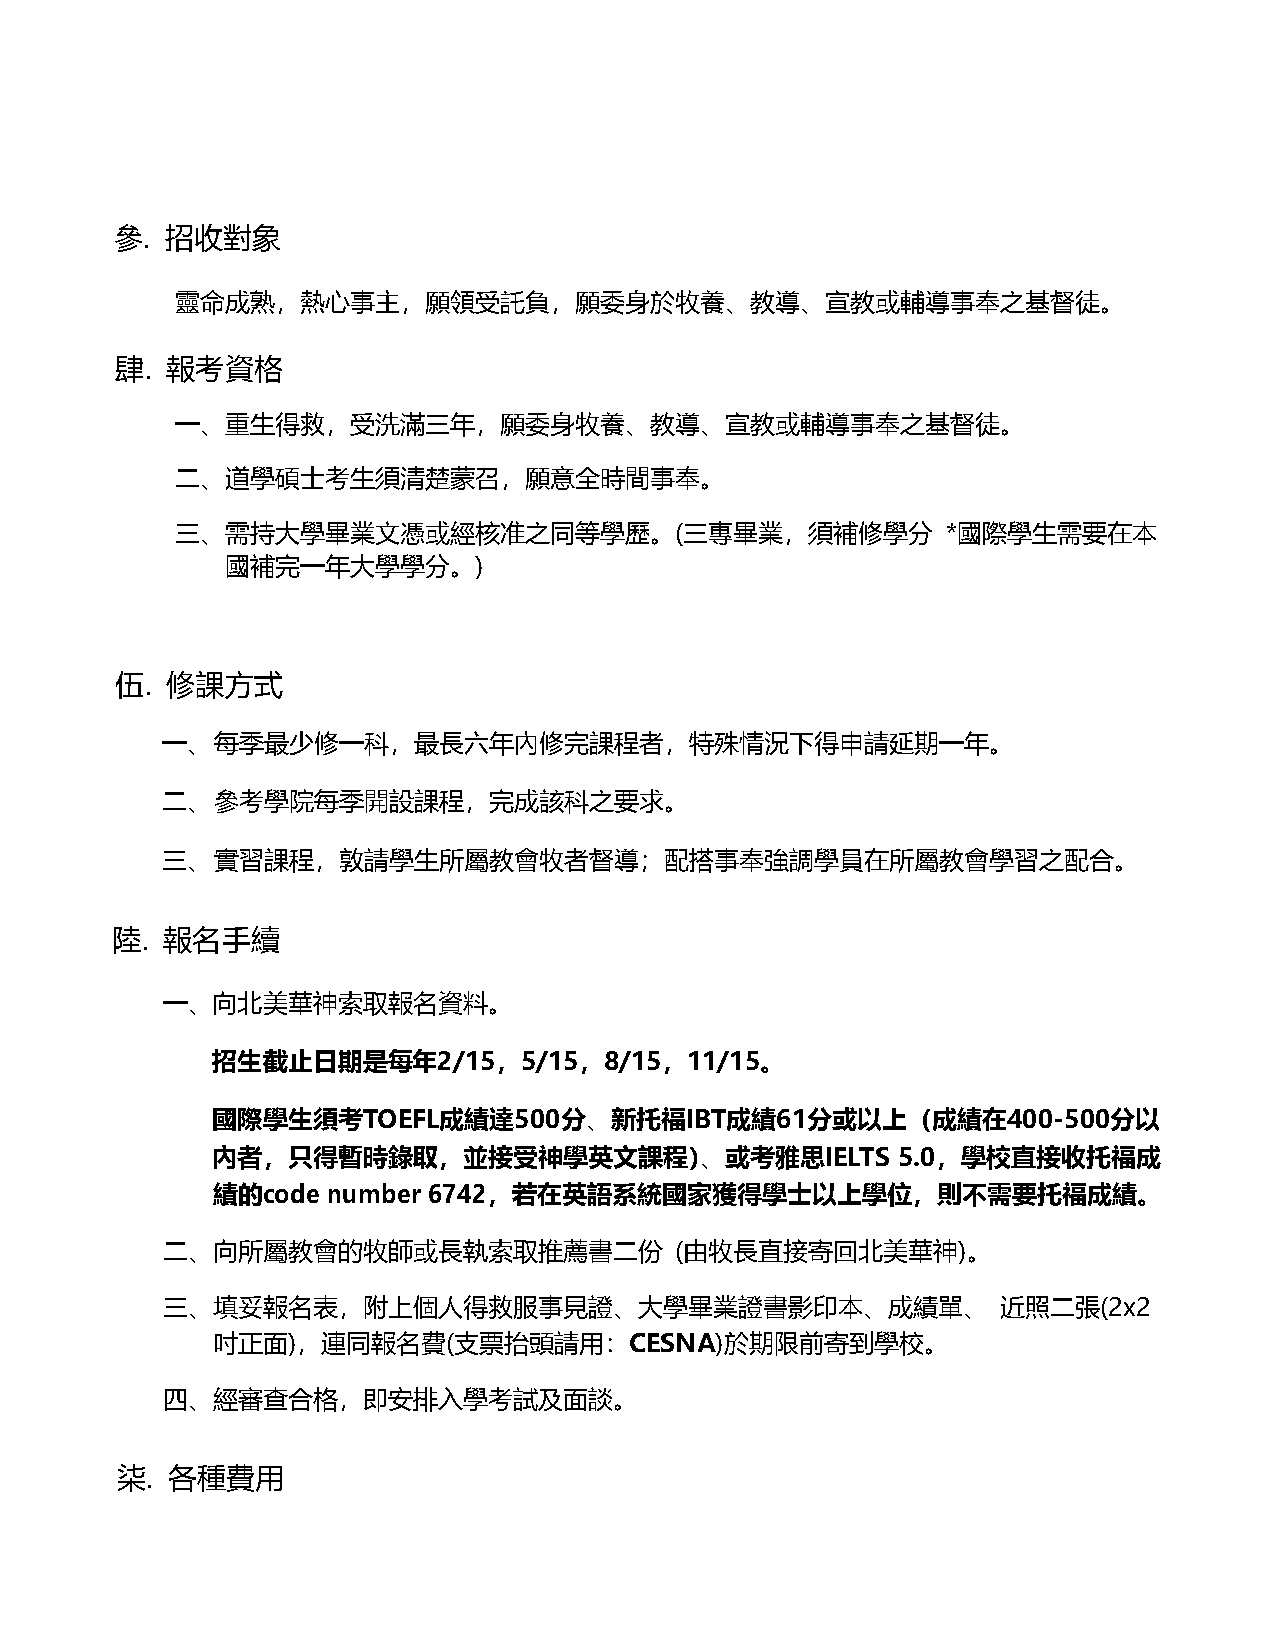
參. 招收對象
 靈命成熟，熱心事主，願領受託負，願委身於牧養、教導、宣教或輔導事奉之基督徒。
 肆. 報考資格
 一、重生得救，受洗滿三年，願委身牧養、教導、宣教或輔導事奉之基督徒。
 二、道學碩士考生須清楚蒙召，願意全時間事奉。
 三、需持大學畢業文憑或經核准之同等學歷。(三專畢業，須補修學分                    *國際學生需要在本
 國補完一年大學學分。)
 伍. 修課方式
 一、 每季最少修一科，最長六年內修完課程者，特殊情況下得申請延期一年。
 二、 參考學院每季開設課程，完成該科之要求。
 三、 實習課程，敦請學生所屬教會牧者督導；配搭事奉強調學員在所屬教會學習之配合。
 陸.  報名手續
 一、向北美華神索取報名資料。
 招生截止日期是每年2/15，5/15，8/15，11/15。
 國際學生須考TOEFL成績達500分、新托福IBT成績61分或以上（成績在400-500分以
 內者，只得暫時錄取，並接受神學英文課程）、或考雅思IELTS               5.0，學校直接收托福成
 績的code  number 6742，若在英語系統國家獲得學士以上學位，則不需要托福成績。
 二、向所屬教會的牧師或長執索取推薦書二份              (由牧長直接寄回北美華神)。
 三、填妥報名表，附上個人得救服事見證、大學畢業證書影印本、成績單、                      近照二張(2x2
 吋正面)，連同報名費(支票抬頭請用：CESNA)於期限前寄到學校。
 四、經審查合格，即安排入學考試及面談。
 柒. 各種費用